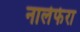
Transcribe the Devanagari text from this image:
नालेफेरा